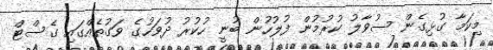
މިކަމާ ގުޅިގެން ސުވާލު ކުރުމުން ފުލުހުން ބުނީ ހުކުރު ދުވަހުގެ ވަގުތެއްގައި ގެސްޓް